Indian journal of veterinary science and animal husbandry - Volume 4,
Year: 1934
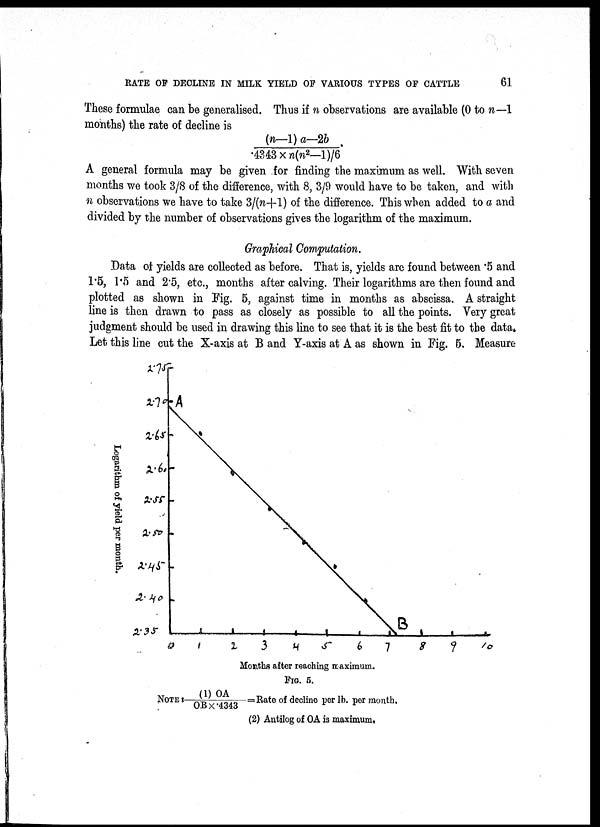
RATE OF DECLINE IN MILK YIELD OF VARIOUS TYPES OF CATTLE
61
These formulae can be generalised. Thus if n observations are available (0 to n—1
months) the rate of decline is
(n—1) a—2b / .4343 × n(n 2 —1)/6.
A general formula may be given for finding the maximum as well. With seven
months we took 3/8 of the difference, with 8, 3/9 would have to be taken, and with
n observations we have to take 3/(n+1) of the difference. This when added to a and
divided by the number of observations gives the logarithm of the maximum.
Graphical Computation.
Data of yields are collected as before. That is, yields are found between '5 and
1.5, 1.5 and 2.5, etc., months after calving. Their logarithms are then found and
plotted as shown in Fig. 5, against time in months as abscissa. A straight
line is then drawn to pass as closely as possible to all the points. Very great
judgment should be used in drawing this line to see that it is the best fit to the data.
Let this line cut the X-axis at B and Y-axis at A as shown in Fig. 5. Measure
Months after reaching maximum.
FIG. 5.
NOTE: (1) OA/OB × 4343 = Rate of decline per lb. per month.
(2) Antilog of OA is maximum.